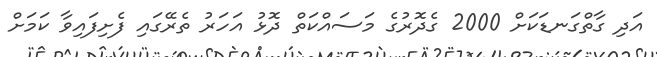
އަދި ގާތްގަނޑަކަށް 2000 ގެދޮރުގެ މަސައްކަތް ދޮޅު އަހަރު ތެރޭގަައި ފެށިފައިވާ ކަމަށް